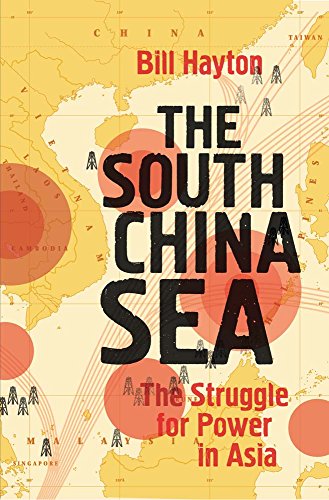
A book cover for The South China Sea: The Struggle for Power in Asia; Bill Hayton; Law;